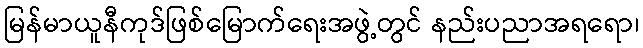
မြန်မာယူနီကုဒ်ဖြစ်မြောက်ရေးအဖွဲ့တွင် နည်းပညာအရရော၊